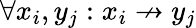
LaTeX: \forall x_{i},y_{j}:x_{i}\not\to y_{j}